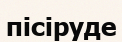
пісіруде